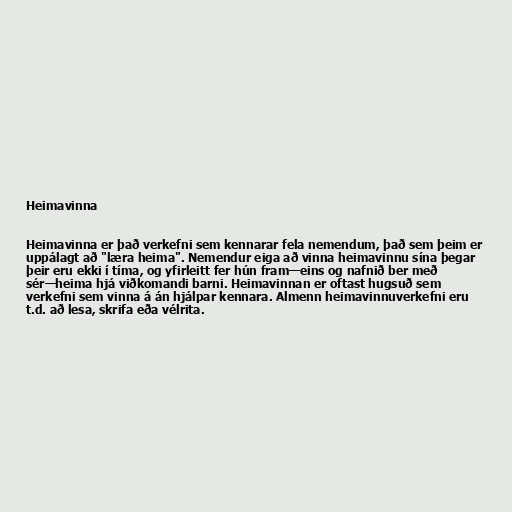
Heimavinna

Heimavinna er það verkefni sem kennarar fela nemendum, það sem þeim er
uppálagt að "læra heima". Nemendur eiga að vinna heimavinnu sína þegar
þeir eru ekki í tíma, og yfirleitt fer hún fram—eins og nafnið ber með
sér—heima hjá viðkomandi barni. Heimavinnan er oftast hugsuð sem
verkefni sem vinna á án hjálpar kennara. Almenn heimavinnuverkefni eru
t.d. að lesa, skrifa eða vélrita.